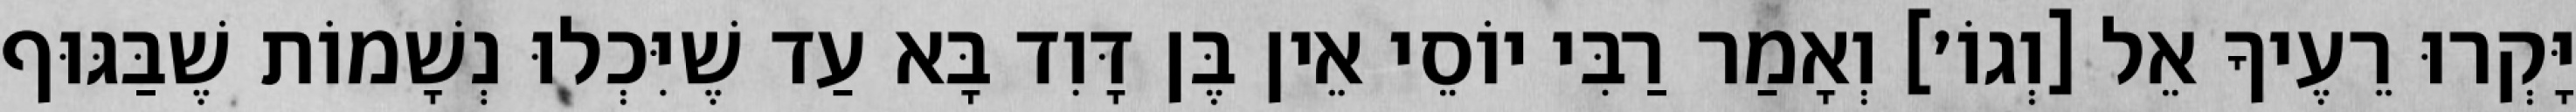
יָּקְרוּ רֵעֶיךָ אֵל [וְגוֹ׳] וְאָמַר רַבִּי יוֹסֵי אֵין בֶּן דָּוִד בָּא עַד שֶׁיִּכְלוּ נְשָׁמוֹת שֶׁבַּגּוּף